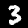
Label: 3